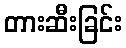
တားဆီးခြင်း